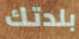
بلدتك